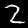
Label: 2